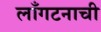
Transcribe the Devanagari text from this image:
लाँगटनाची